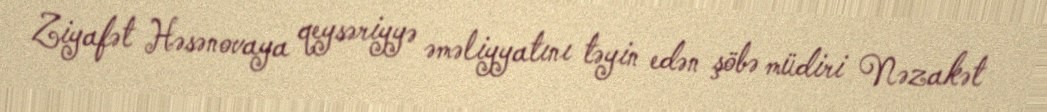
Ziyafət Həsənovaya qeysəriyyə əməliyyatını təyin edən şöbə müdiri Nəzakət